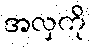
အလှကို